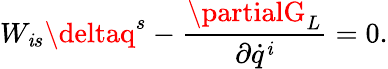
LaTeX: W_{\mathit{i}s}\deltaq^{s}-{\frac{{\partialG_{L}}}{{\partial\dot{{q}}^{\mathit{i}}}}}=0.